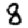
Digit: 8